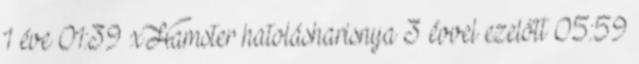
1 éve 01:39 xHamster hatolásharisnya 3 évvel ezelőtt 05:59